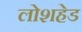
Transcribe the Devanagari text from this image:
लोशहेड